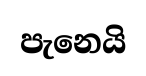
පැනෙයි